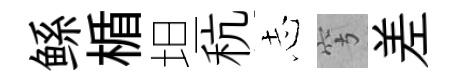
鲧楯坦秔𢖽穹差